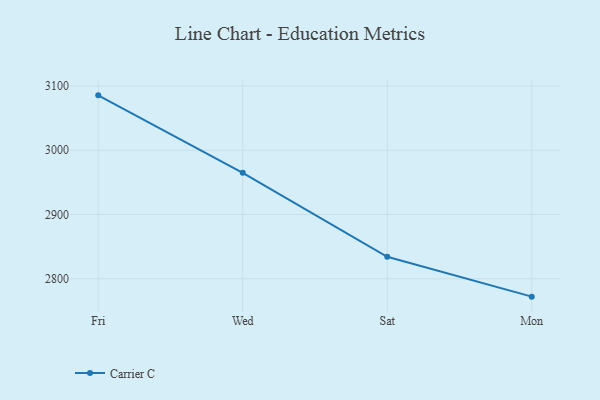
{"axis": {"x": "Day", "y": "Active Users"}, "legend": ["Carrier C"], "data": [{"x": "Fri", "y": 3085.4, "type": "Carrier C"}, {"x": "Wed", "y": 2964.8, "type": "Carrier C"}, {"x": "Sat", "y": 2834.3, "type": "Carrier C"}, {"x": "Mon", "y": 2772.2, "type": "Carrier C"}]}